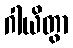
ဂါယိတွာ